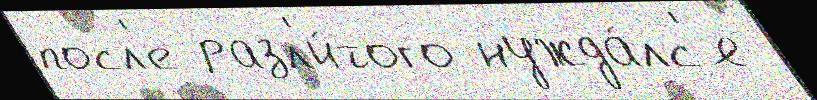
посл'е разл'и́того нужда́лс'я